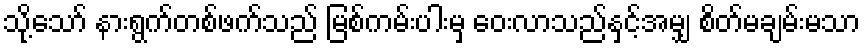
သို့သော် နားရွက်တစ်ဖက်သည် မြစ်ကမ်းပါးမှ ဝေးလာသည်နှင့်အမျှ စိတ်မချမ်းမသာ